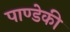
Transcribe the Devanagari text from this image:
पाण्डेकी